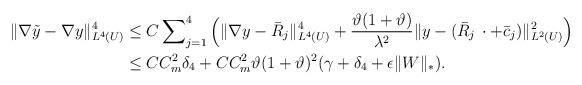
LaTeX: \begin{align*}\Vert\nabla \tilde{y} - \nabla y \Vert^4_{L^4(U)} & \le C\sum\nolimits^4_{j=1} \Big( \Vert \nabla y - \bar{R}_j \Vert^4_{L^4(U)} + \frac{ \vartheta (1+ \vartheta)}{\lambda^2}\Vert y - (\bar{R}_j\,\cdot + \bar{c}_j)\Vert^2_{L^2(U)} \Big) \\& \le C C_m^2 \delta_4 + C C_m^2 \vartheta (1+ \vartheta)^2 (\gamma + \delta_4 +\epsilon \Vert W \Vert_*).\end{align*}